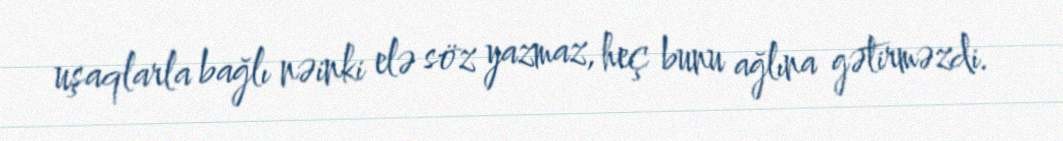
uşaqlarla bağlı nəinki elə söz yazmaz, heç bunu ağlına gətirməzdi.